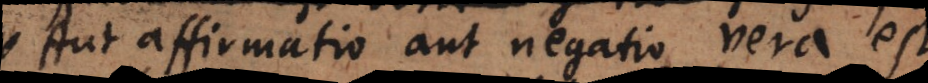
Aut affirmatio aut negatio vera est.